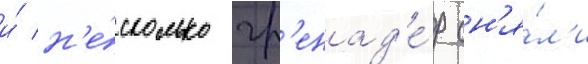
и́ н'е́сколько гр'енад'е́р сн'я́л'и